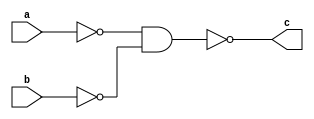
`timescale 1ns / 1ps
//////////////////////////////////////////////////////////////////////////////////
// Company: 
// Engineer: 
// 
// Design Name: 
// Module Name: nand_or
// Project Name: 
// Target Devices: 
// Tool Versions: 
// Description: 
// 
// Dependencies: 
// 
// Revision:
// Revision 0.01 - File Created
// Additional Comments:
// 
//////////////////////////////////////////////////////////////////////////////////


module nand_or(
input a,
input b,
output c
    );
    wire nand1, nand2;
    nand(nand1, a, a);
    nand(nand2, b, b);
    nand(c, nand1, nand2);
endmodule